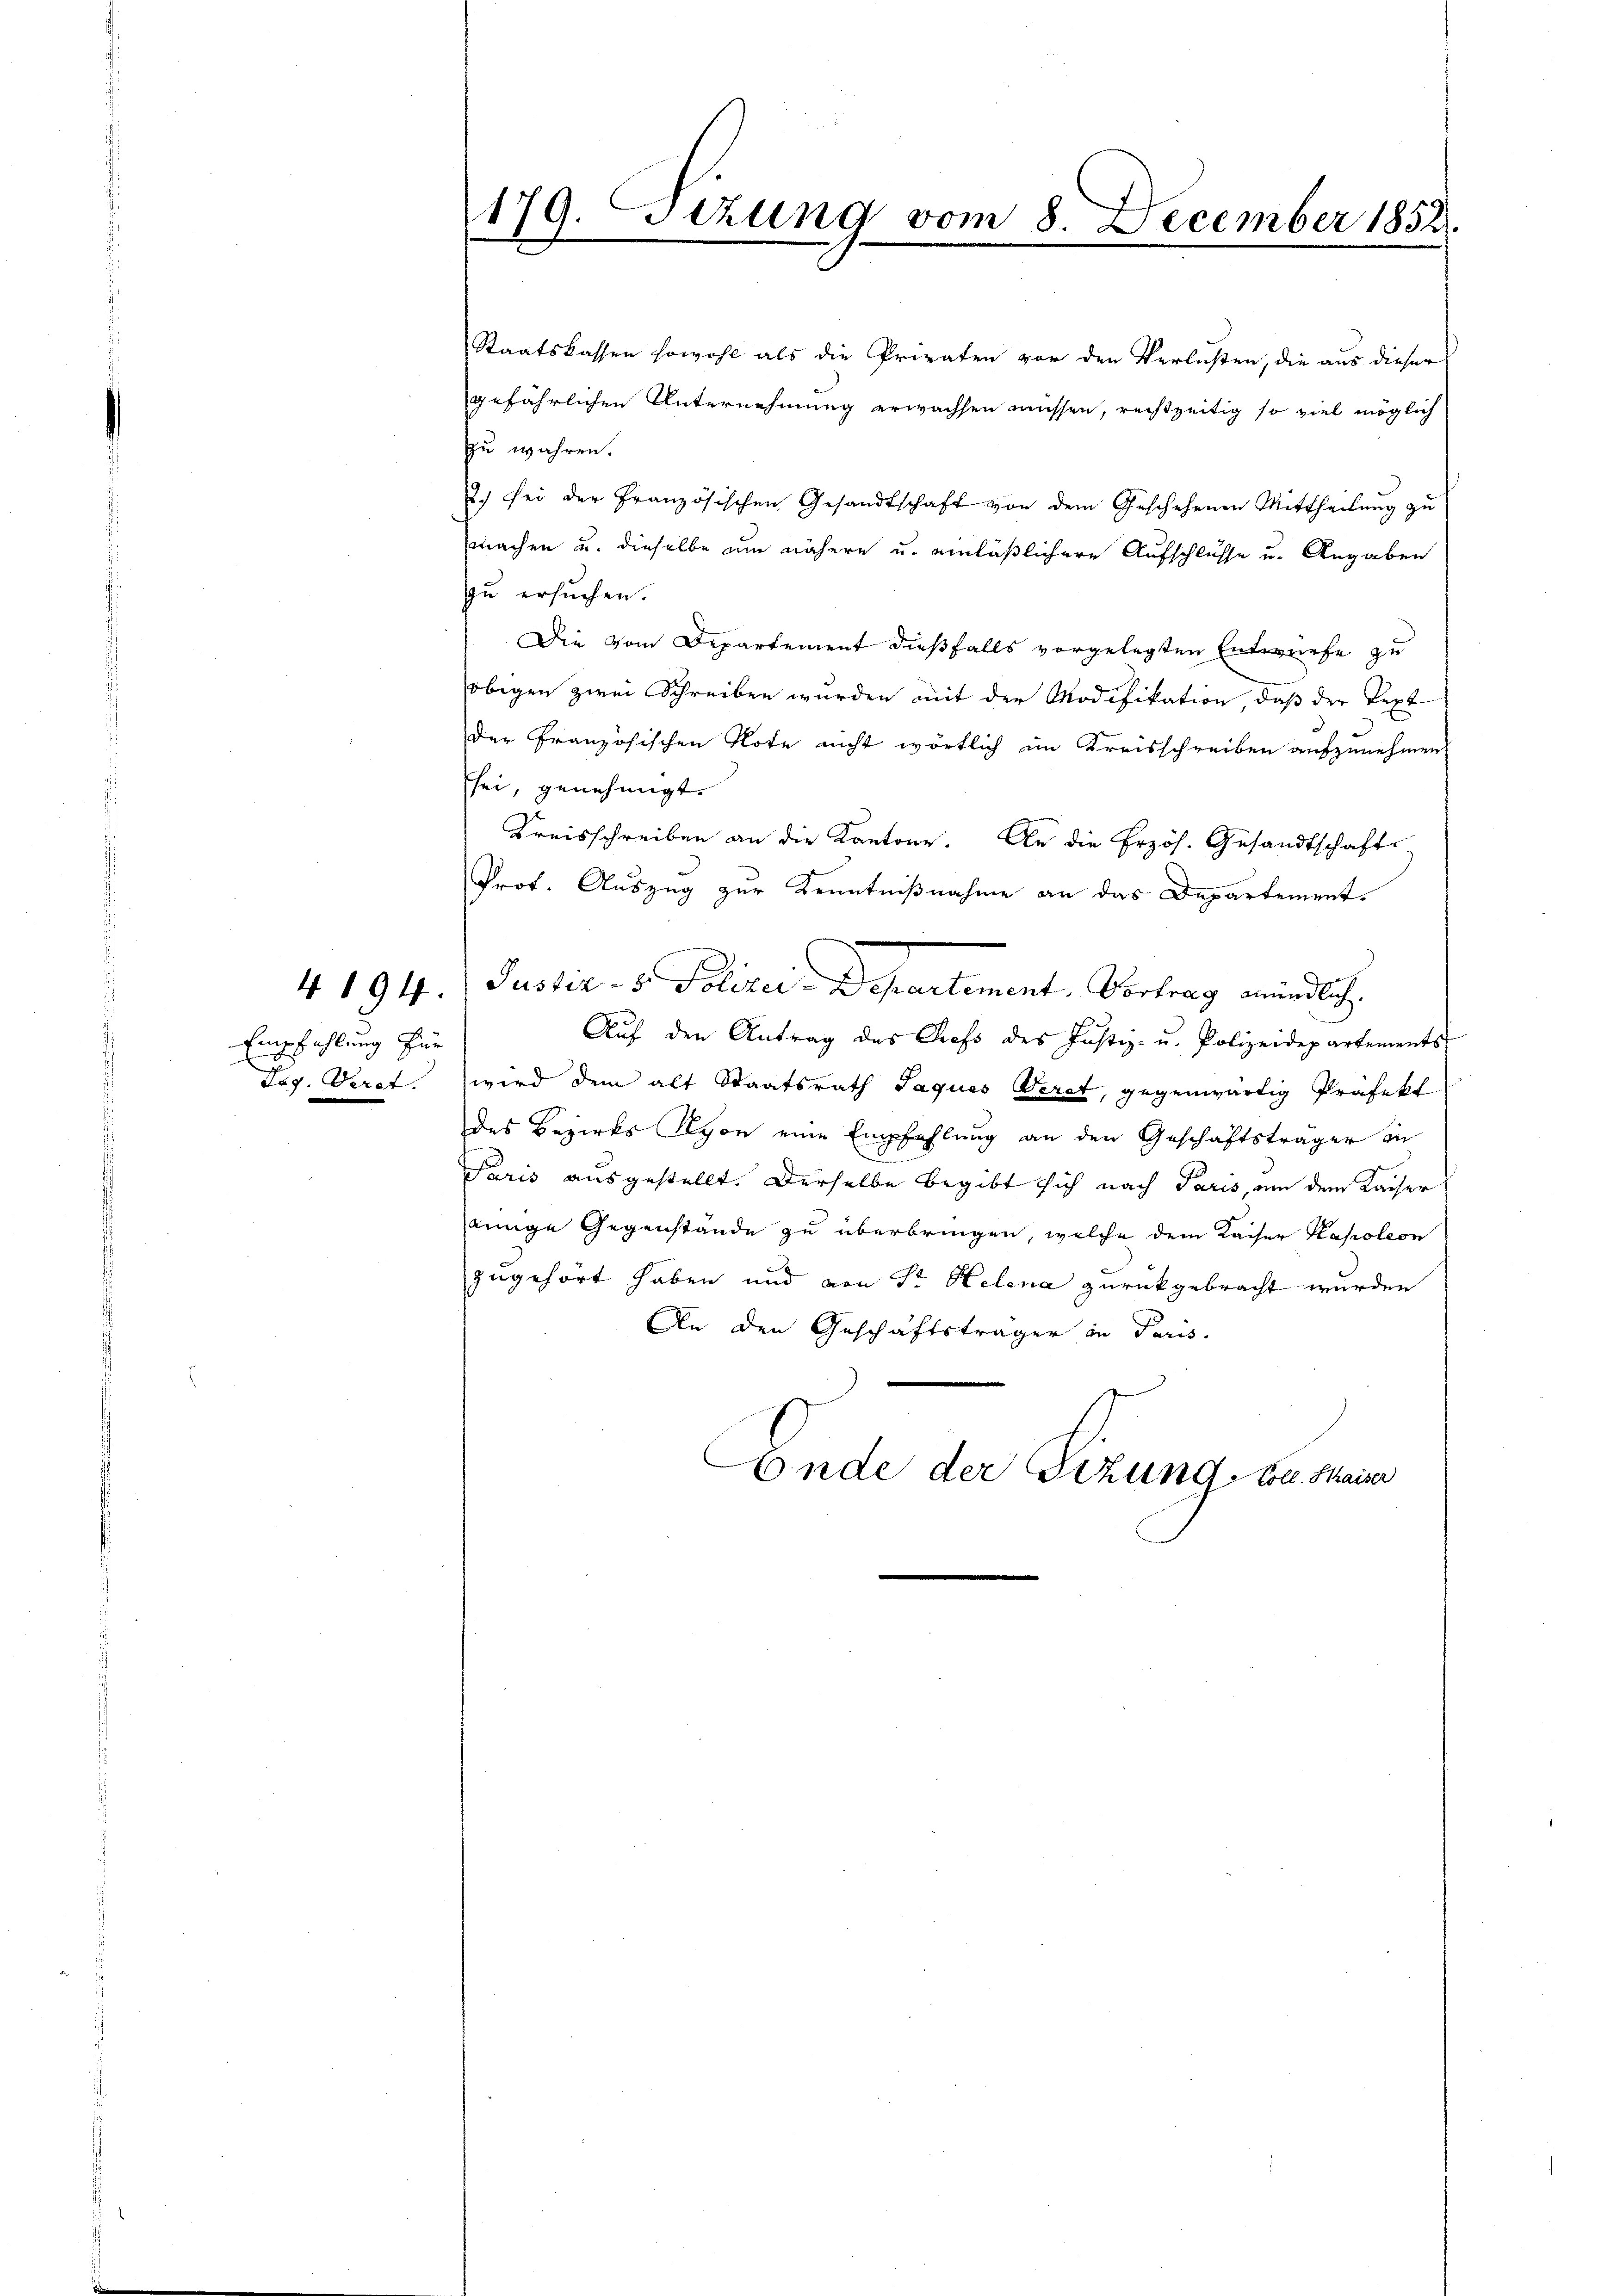
Empfahlung für

4194.

Staatskassen sowohl als die Privaten vor den Verlusten, die aus dieser
gefährlichen Unternehmung erwachsen müssen, rechtzeitig so viel möglich
zu wahren.
.) sei der Französischen Gesandtschaft von dem Geschehenen Mittheilung zu
zmachen u. dieselbe zur nähere u. einläßlichere Aufschlüsse u. Angaben
zu ersuchen.
Die vom Departement dießfalls vorgelegten Entwurfe zu
obigen zwei Schreiben wurden mit der Modifikation, daß der Text
der Französischen Note nicht wörtlich im Kreisschreiben aufzunehmen
Esei, genehmigt.
Kreisschreiben an die Kantone. An die Erzös. Gesandtschafts-
Prot. Auszug zur Kenntnißnahme an das Departement.
Justiz- & Polizei Departement. Vertrag mündlich,
Aŭf den Antrag des Profs des Justiz- u. Polizeidepartements
Leg. Veret. wird dem alt Staatsrath Jaques Verst, gegenwärtig Präfekt
des Bezirks Nyon eine Empfehlung an den Geschäftsträger in
Paris ausgestellt. Derselbe begibt sich nach Paris, um dem Kaiser
einige Gegenstände zu überbringen, welche dem Kaiser Kapoleon
zugehört haben und von Sr. Helena zurückgebracht wurden
An den Geschäftsträger in Paris.
Conde der Tizung Coll. Maiser

179. Sizung vom 8. December 1852.